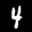
Label: 4